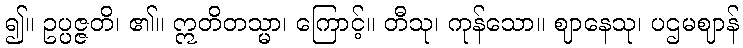
၍။ ဥပ္ပဇ္ဇတိ၊ ၏။ ဣတိတသ္မာ၊ ကြောင့်။ တီသု၊ ကုန်သော။ ဈာနေသု၊ ပဌမဈာန်